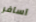
اسافر